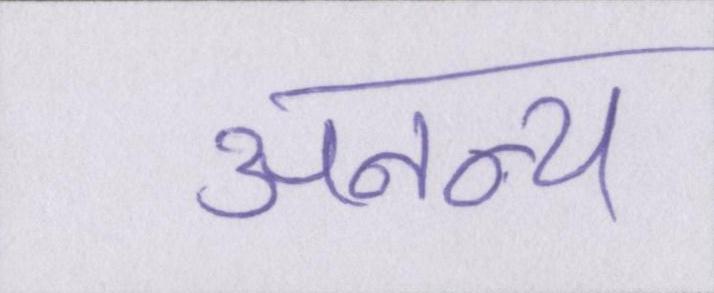
अनन्य